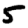
Digit: 5